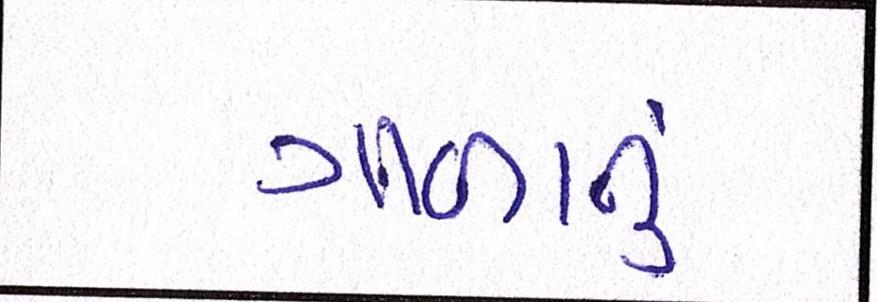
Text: ગાળાનું